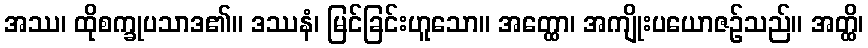
အဿ၊ ထိုစက္ခုပသာဒ၏။ ဒဿနံ၊ မြင်ခြင်းဟူသော။ အတ္ထော၊ အကျိုးပယောဇဉ်သည်။ အတ္ထိ၊